Report on vaccination North-West Frontier Province 1904-1922 - 1904-1922
Year: 1904
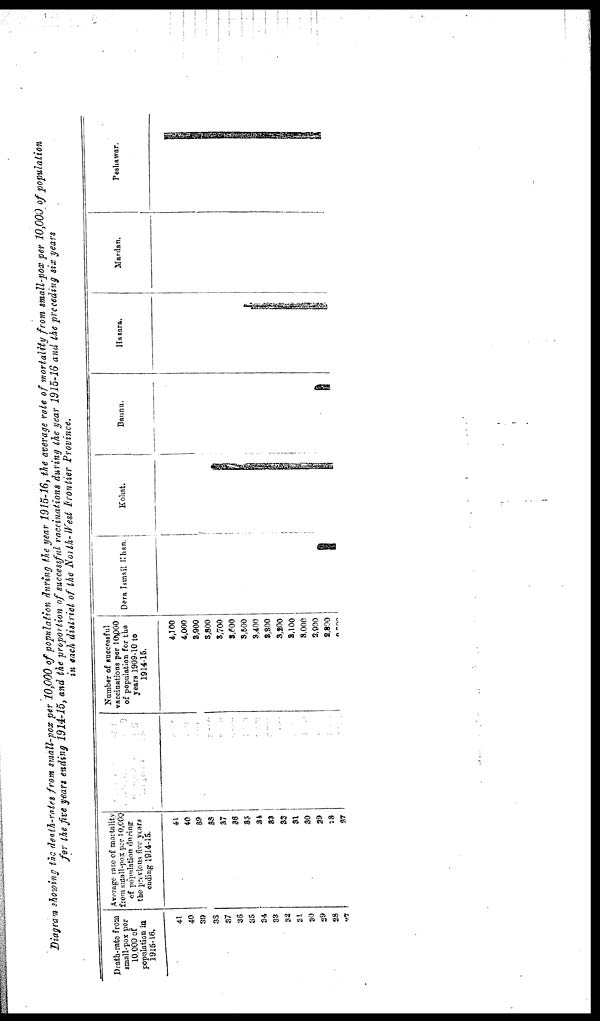
Diagram showing the death-rates from small-pox per 10,000 of population during the year 1915-16, the average rate of mortality from mall-pox per 10,000 of population
for the five years ending 1914-15, and the proportion of successful vaccinations during the year 1915-16 and the preceding six years
in each district of the North-West frontier Province.